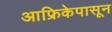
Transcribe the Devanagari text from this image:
आफ्रिकेपासून